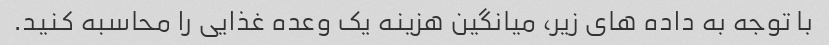
با توجه به داده های زیر، میانگین هزینه یک وعده غذایی را محاسبه کنید.